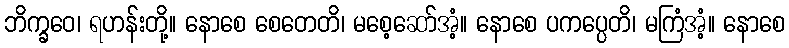
ဘိက္ခဝေ၊ ရဟန်းတို့။ နောစေ စေတေတိ၊ မစေ့ဆော်အံ့။ နောစေ ပကပ္ပေတိ၊ မကြံအံ့။ နောစေ